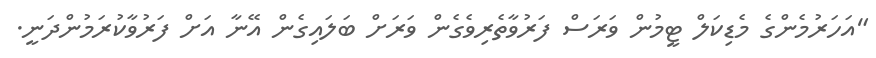
"އަހަރުމެންގެ މެޑިކަލް ޓީމުން ވަރަސް ފަރުވާތެރިވެގެން ވަރަށް ބަލައިގެން އޭނާ އަށް ފަރުވާކުރަމުންދަނީ.